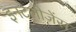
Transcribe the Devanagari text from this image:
इनटेलीजेंस